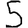
Digit: 5